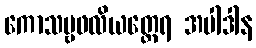
ကောသမ္ဗဖလိယတ္ထေရ အပါဒါန